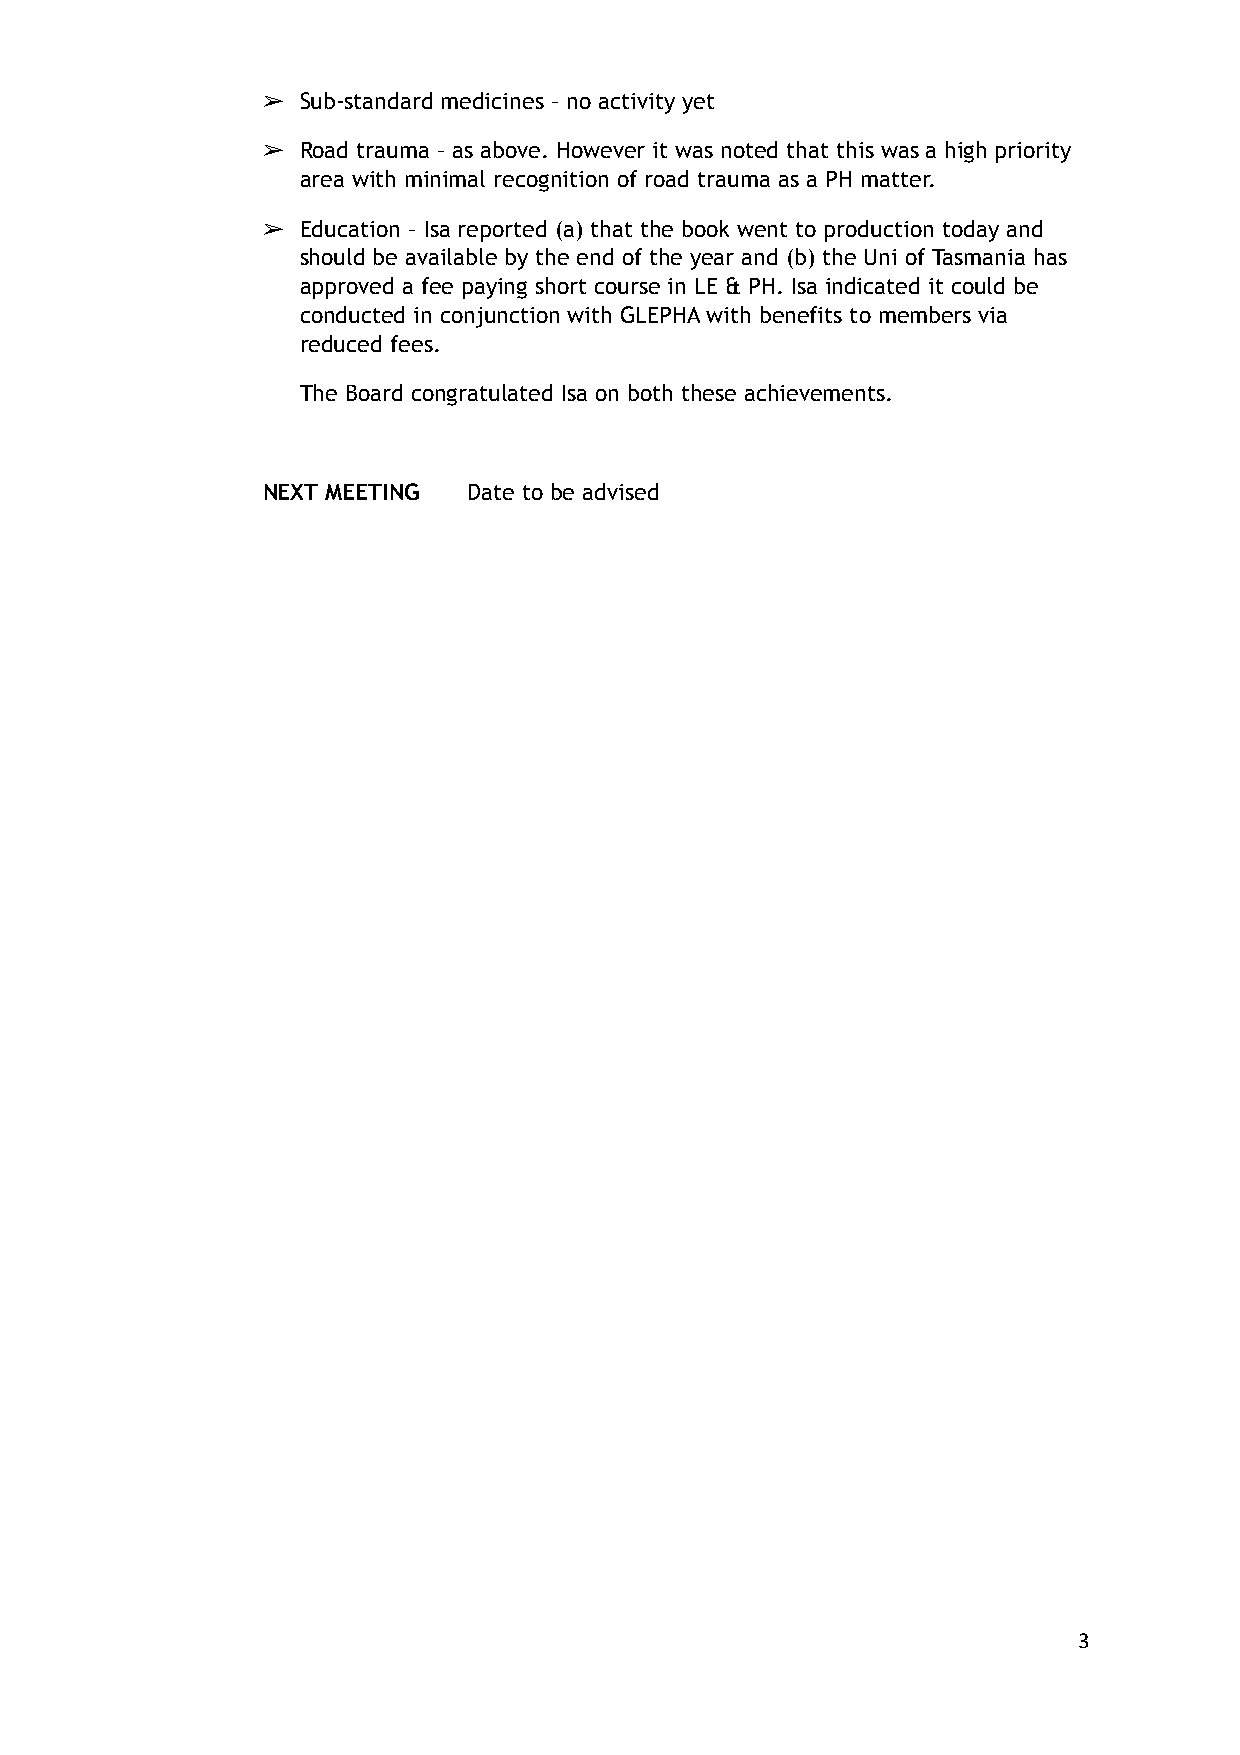
➢  Sub-standard medicines – no activity yet
 ➢  Road trauma – as above. However it was noted that this was a high priority
 area with minimal recognition of road trauma as a PH matter.
 ➢  Education – Isa reported (a) that the book went to production today and
 should be available by the end of the year and (b) the Uni of Tasmania has
 approved a fee paying short course in LE & PH. Isa indicated it could be
 conducted in conjunction with GLEPHA with benefits to members via
 reduced fees.
 The Board congratulated Isa on both these achievements.
 NEXT MEETING  Date to be advised
 3